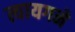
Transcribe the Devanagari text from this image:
त्यायगने